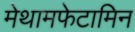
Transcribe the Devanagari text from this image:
मेथामफेटामिन